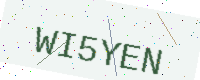
Text: WI5YEN